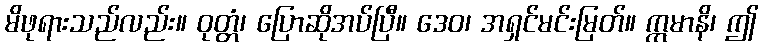
မိဖုရားသည်လည်း။ ဝုတ္တံ၊ ပြောဆိုအပ်ပြီ။ ဒေဝ၊ အရှင်မင်းမြတ်။ ဣမာနိ၊ ဤ